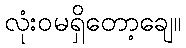
လုံးဝမရှိတော့ချေ။